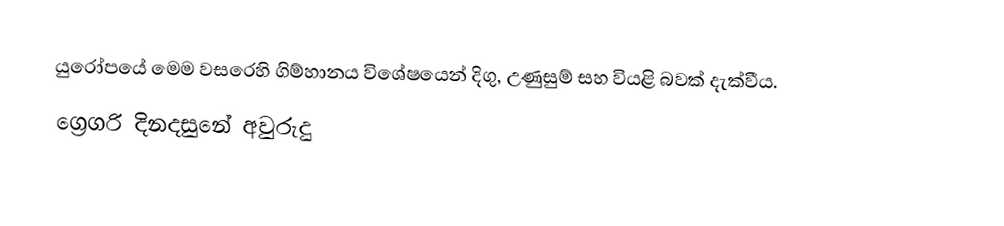
යුරෝපයේ මෙම වසරෙහි ගිම්හානය විශේෂයෙන් දිගු, උණුසුම් සහ වියළි බවක් දැක්වීය.
ග්‍රෙගරි දිනදසුනේ අවුරුදු